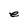
Character: e